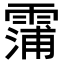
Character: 𮦫